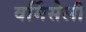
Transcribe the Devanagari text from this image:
वर्मिसेली